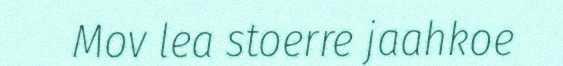
Mov lea stoerre jaahkoe